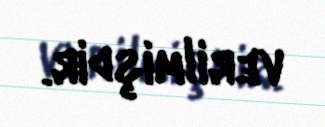
verilmişdir.